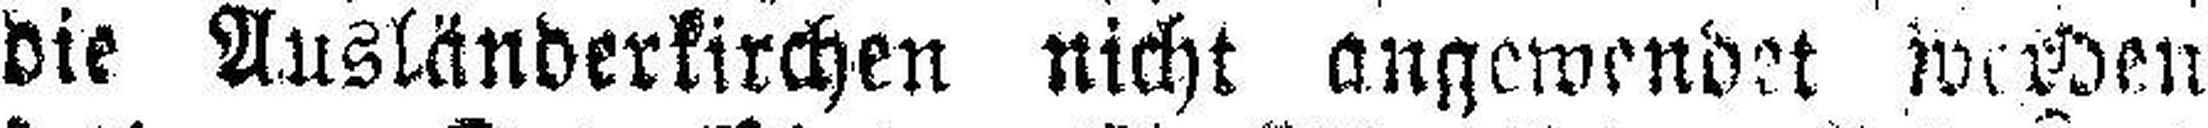
die Ausländerkirchen nicht angewendet werden